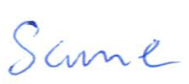
Text: Same
Cross-out: clean
Writing tool: ballpoint